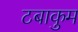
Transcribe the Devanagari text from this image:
टबाकुम